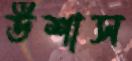
উশাস